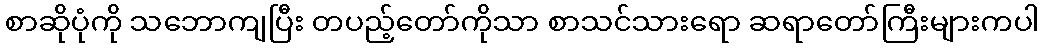
စာဆိုပုံကို သဘောကျပြီး တပည့်တော်ကိုသာ စာသင်သားရော ဆရာတော်ကြီးများကပါ